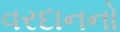
વરદાનનો